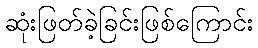
ဆုံးဖြတ်ခဲ့ခြင်းဖြစ်ကြောင်း